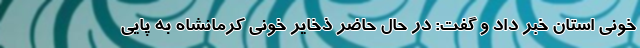
خونی استان خبر داد و گفت: در حال حاضر ذخایر خونی کرمانشاه به پایی